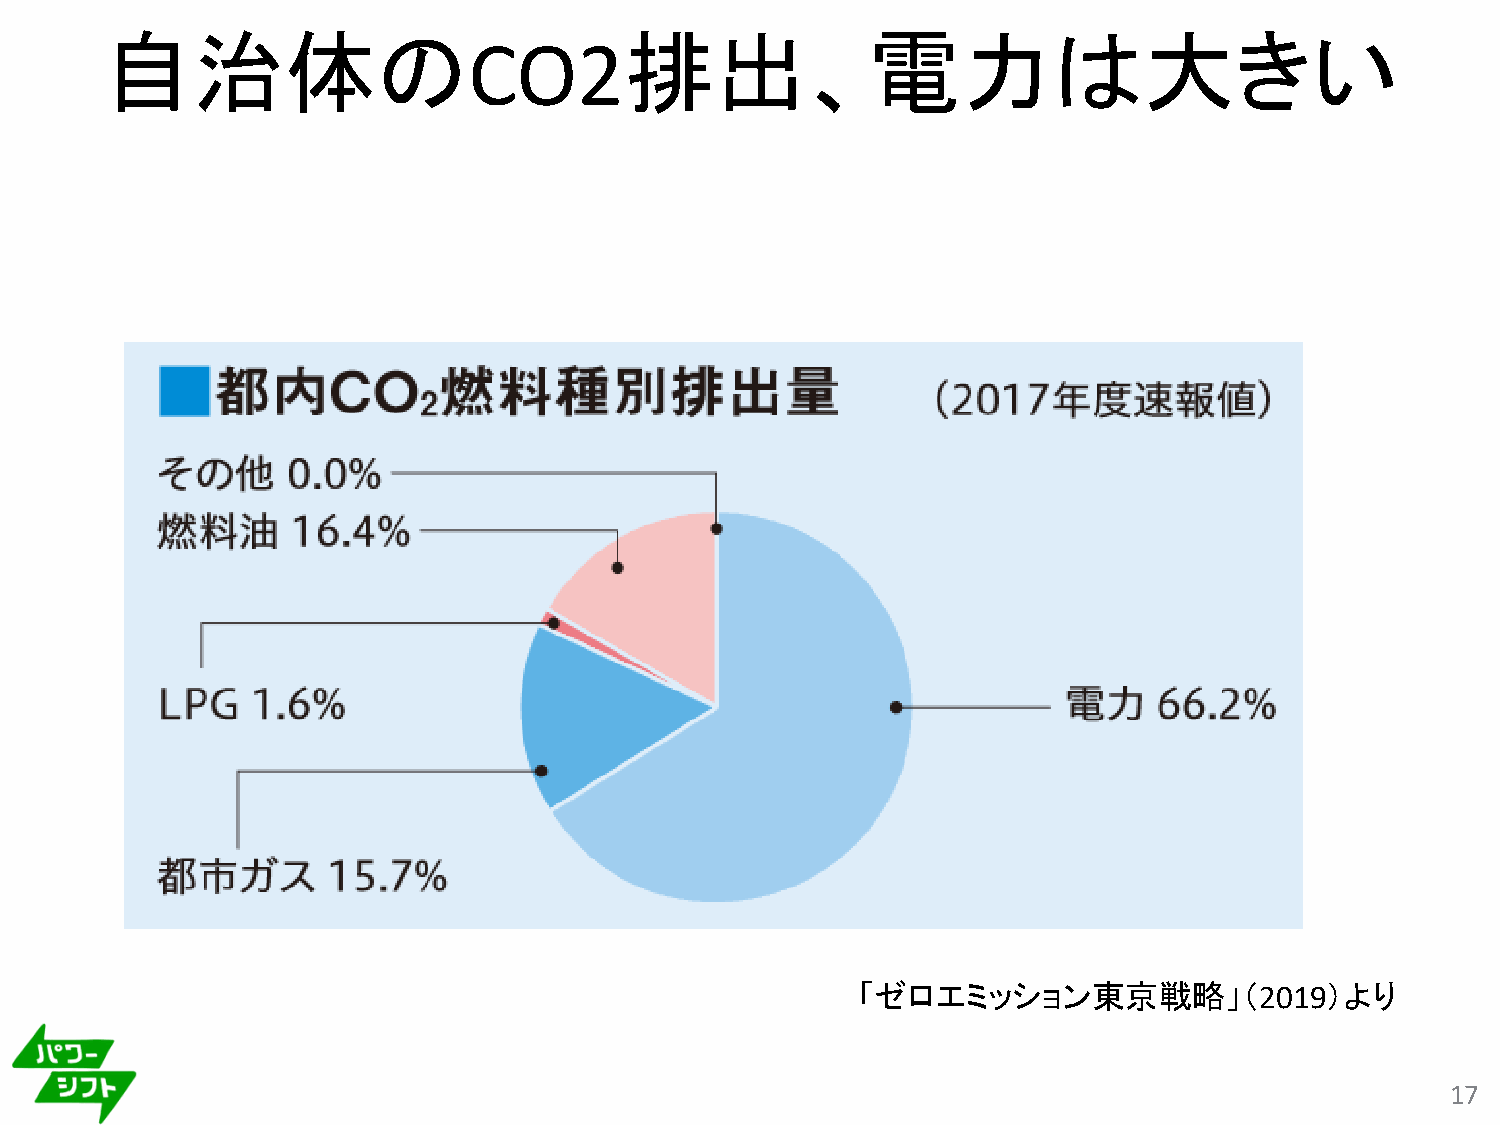
自治体の                              排出、電力は大きい
 CO2
 「ゼロエミッション東京戦略」（2019）より
 17